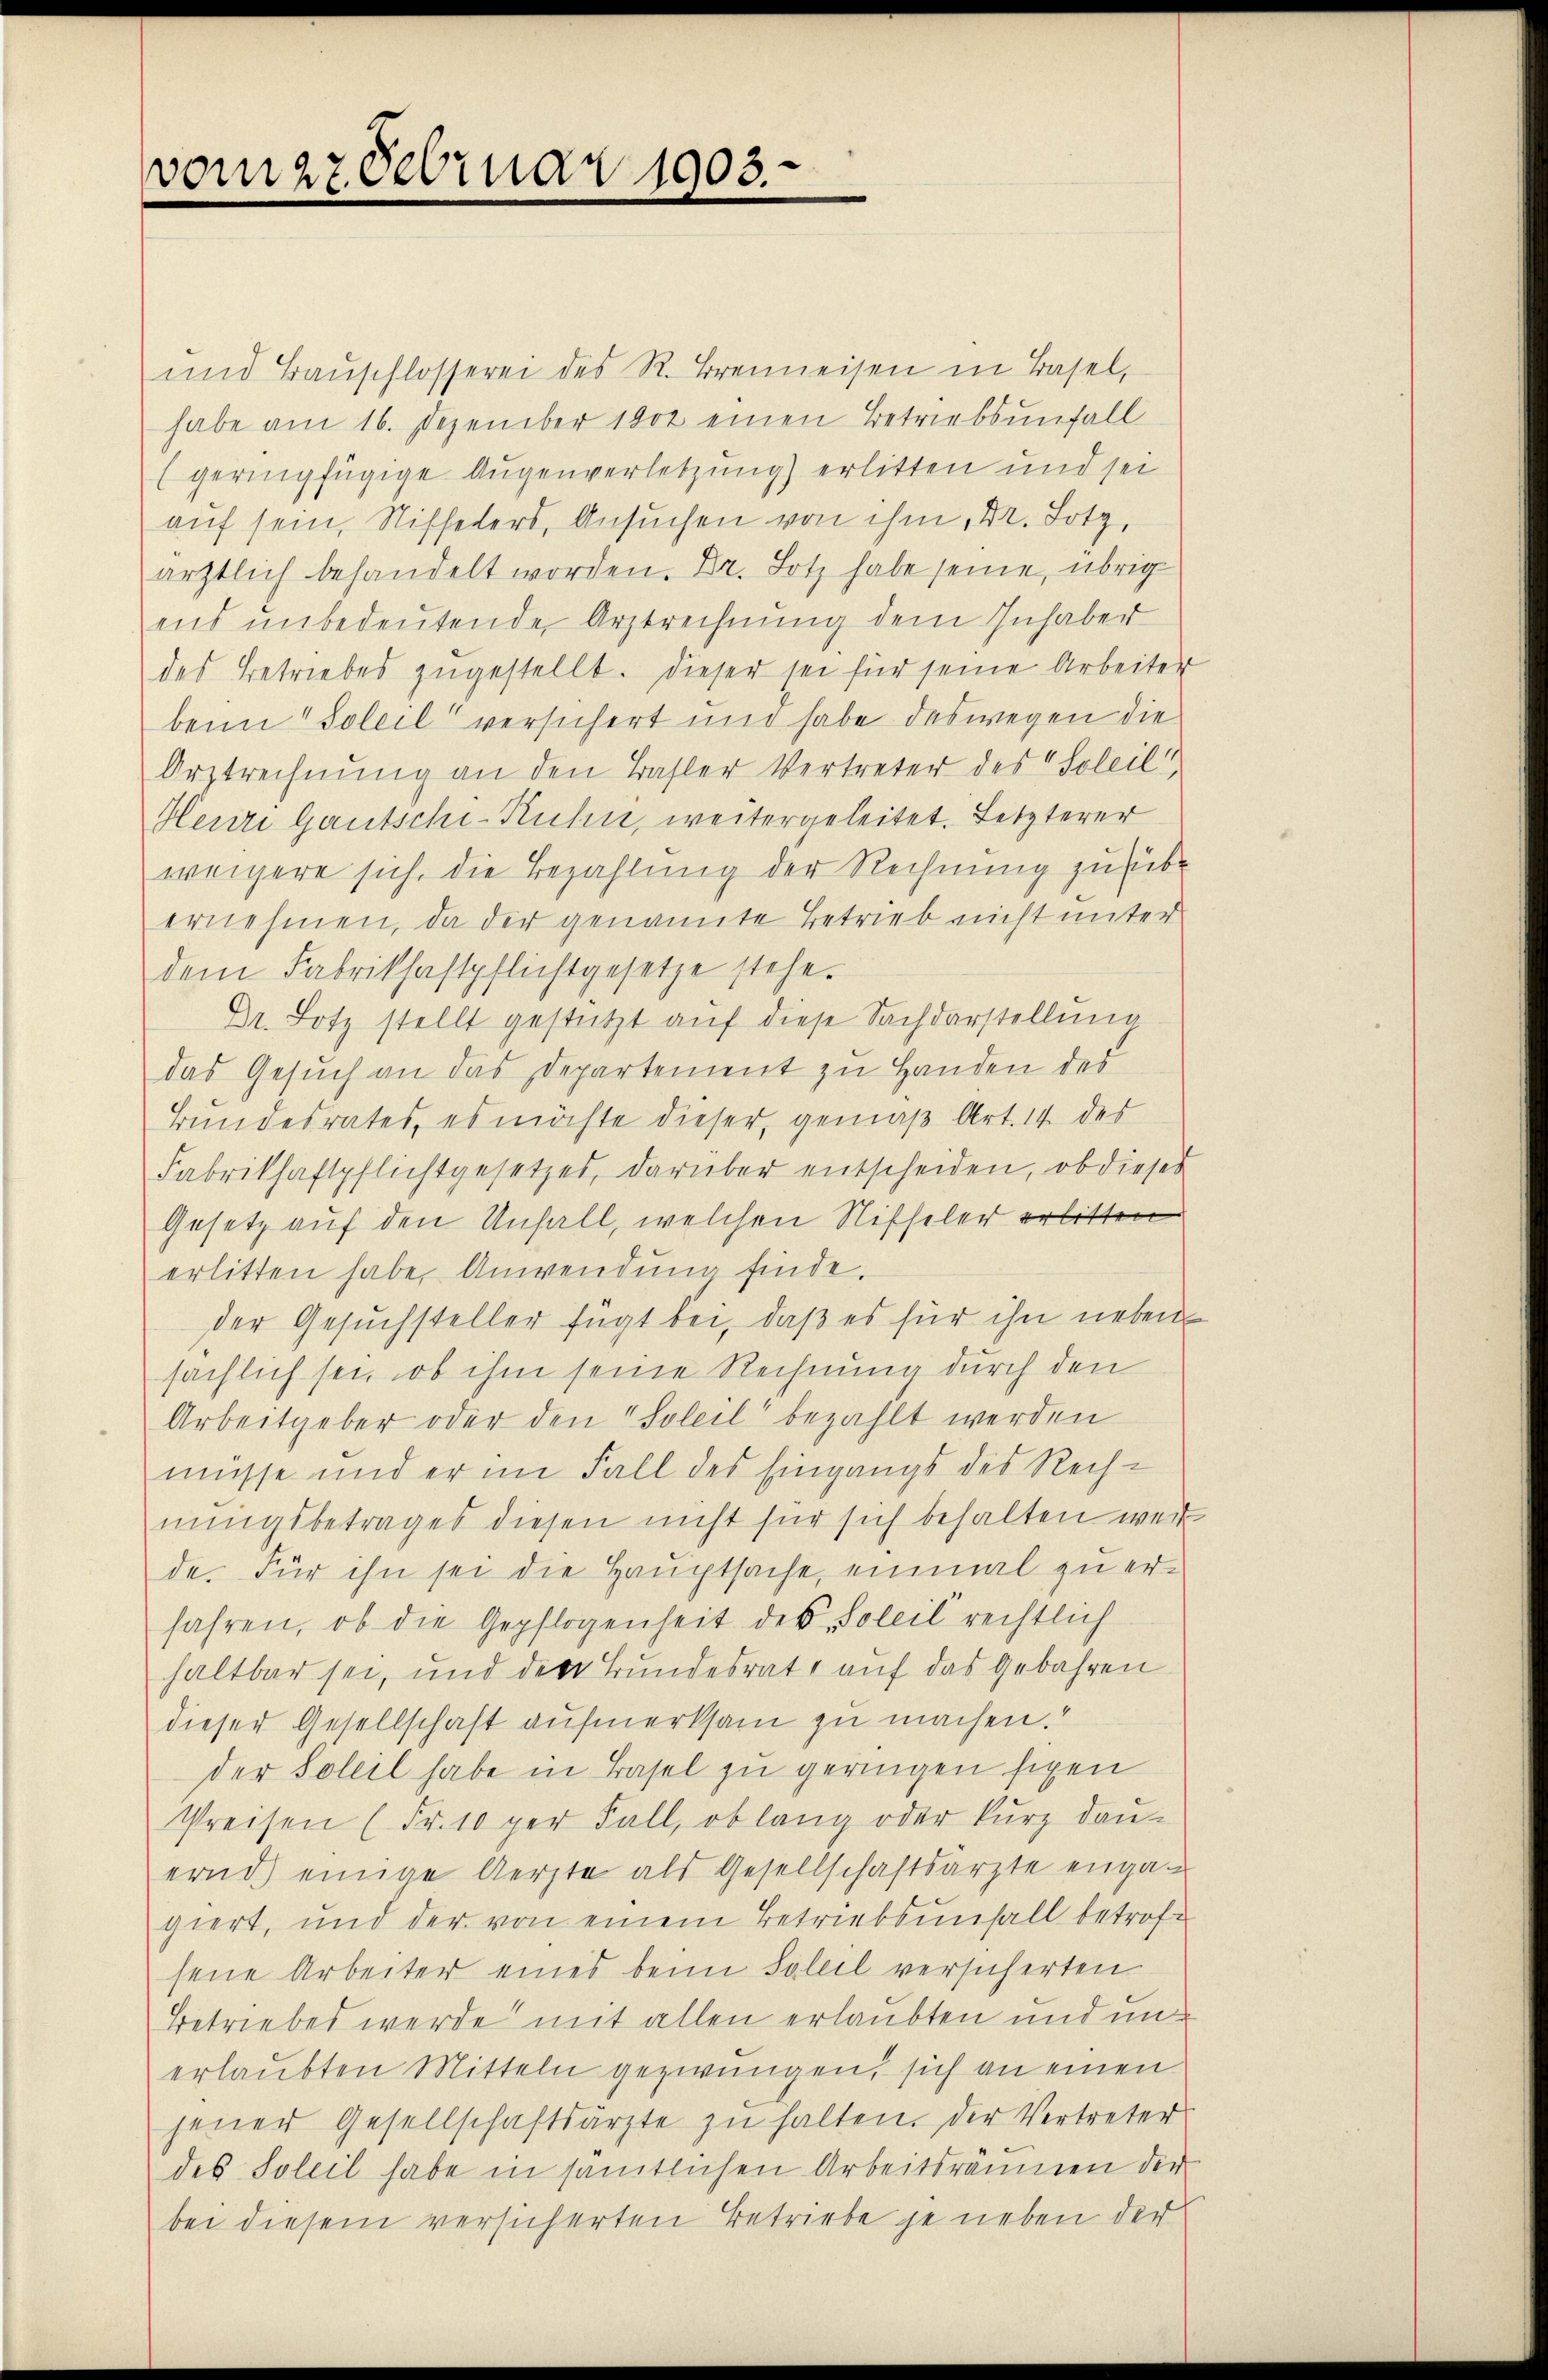
vom 27 Februar 1903.

und Bauschlosserei des R. Brenneisen in Basel,
habe am 16. Dezember 1802 einen Betriebsunfall
(geringfügige Augenverletzung) erlitten und sei
aŭf sein, Riffelers, Ansuchen von ihm, Dr. Lotz,
ärztlich behandelt worden. Dr. Lotz habe seine, übrig
ens unbedeutende Arztrechnung dem Inhaber
des Betriebes zŭgestellt. Dieser sei für seine Arbeiter
beim Soleil versichert und habe deswegen die
Orztrechnŭng an den Basler Vertreter des Soleil,
Heuri Gautschi-Ruhn, weitergeleitet. Letzterer
weigere sich, die Bezahlung der Rechnung zu übe
ernehmen, da der genannte Betrieb nicht unter
dem Fabrikhaftpflichtgesetze stehe.
Dr. Hotz stellt gestützt auf diese Sachdarstellung
das Gesuch an das Departement zu Handen des
Bundesrates, es möchte dieser, gemäß Art. 14 des
Fabrikhaftpflichtgesetzes, darüber entscheiden, ob dieses
Gesetz auf den Unfall, welchen Nitseler erlitten
erlitten habe, Anwendung finde.
der Gesuchsteller fügt bei, daß es für ihn neben
sächlich sei, ob ihm seine Rechnung durch den
Arbeitgeber oder den Soleil“ bezahlt werden
müsse und er im Fall des Eingangs des Rechnungsbetrages diesen nicht für sich behalten werde. Für ihn sei die Hauptsache, einmal zu erfahren, ob die Gepflogenheit des Soleil rechtlich
haltbar sei, und der Bundesrate auf das Gebahren
dieser Gesellschaft aufmerksam zu machen.“
der Soleil habe in Basel zu geringen siegen
Preisen (Fr. 10 per Fall, ob lang oder kurz dauernd einige Aerzte als Gesellschaftsärzte engagiert, und der von einem Betriebsunfall betroff
sene Arbeiter eines beim Soleil versicherten
Betriebes werde mit allen erlaubten und unerlaubten Mitteln gezwungen, sich an einen
jener Gesellschaftsärzte zu halten. Der Vertreter
des Soleil habe in sämtlichen Arbeitsräumen der
bei diesem versicherten Betriebe je neben der

e